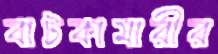
বাটকামারীর